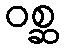
ဝစ္ဆ